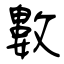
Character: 數